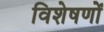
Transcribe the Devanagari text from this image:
विशेषणोँ